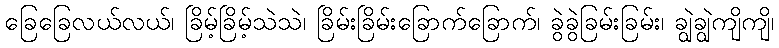
ခြေခြေလယ်လယ်၊ ခြိမ့်ခြိမ့်သဲသဲ၊ ခြိမ်းခြိမ်းခြောက်ခြောက်၊ ခွဲခွဲခြမ်းခြမ်း၊ ချွဲချွဲကျိကျိ၊